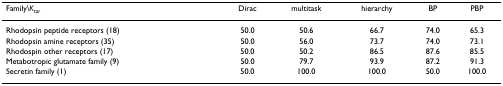
<table><thead><tr><td><b>Family\<i>K</i><sub><i>tar</i></sub></b></td><td><b>Dirac</b></td><td><b>multitask</b></td><td><b>hierarchy</b></td><td><b>BP</b></td><td><b>PBP</b></td></tr></thead><tbody><tr><td>Rhodopsin peptide receptors (18)</td><td>50.0</td><td>50.6</td><td>66.7</td><td>74.0</td><td>65.3</td></tr><tr><td>Rhodopsin amine receptors (35)</td><td>50.0</td><td>56.0</td><td>73.7</td><td>74.0</td><td>73.1</td></tr><tr><td>Rhodospin other receptors (17)</td><td>50.0</td><td>50.2</td><td>86.5</td><td>87.6</td><td>85.5</td></tr><tr><td>Metabotropic glutamate family (9)</td><td>50.0</td><td>79.7</td><td>93.9</td><td>87.2</td><td>91.3</td></tr><tr><td>Secretin family (1)</td><td>50.0</td><td>100.0</td><td>100.0</td><td>50.0</td><td>100.0</td></tr></tbody></table>